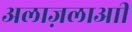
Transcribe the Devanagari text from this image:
अलाज़लाआी